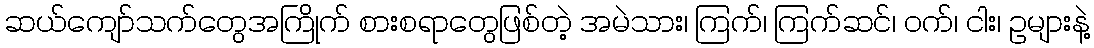
ဆယ်ကျော်သက်တွေအကြိုက် စားစရာတွေဖြစ်တဲ့ အမဲသား၊ ကြက်၊ ကြက်ဆင်၊ ဝက်၊ ငါး၊ ဥများနဲ့